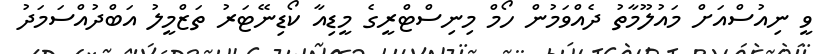
ވީ ނިއުސްއަށް މައުލޫމާތު ދެއްވަމުން ހޯމް މިނިސްޓްރީގެ މީޑިއާ ކޯޑިނޭޓަރު ތަޒްމީލު އަބްދުއްސަމަދު